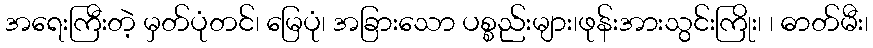
အရေးကြီးတဲ့ မှတ်ပုံတင်၊ မြေပုံ၊ အခြားသော ပစ္စည်းများ၊ဖုန်းအားသွင်းကြိုး၊ ၊ ဓာတ်မီး၊